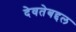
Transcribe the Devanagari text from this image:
देवतेबद्दल